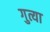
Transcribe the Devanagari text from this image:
गुत्या